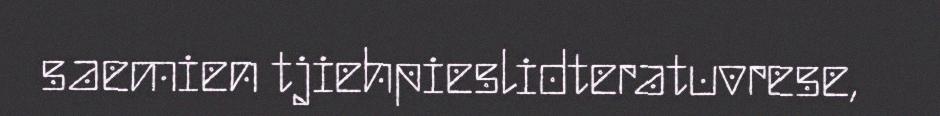
saemien tjiehpieslidteratuvrese,